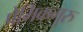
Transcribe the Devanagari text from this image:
प्रेमिकगुरु